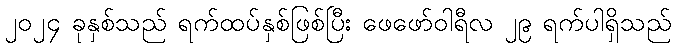
၂၀၂၄ ခုနှစ်သည် ရက်ထပ်နှစ်ဖြစ်ပြီး ဖေဖော်ဝါရီလ ၂၉ ရက်ပါရှိသည်